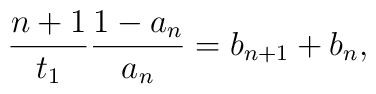
\frac{n+1}{t_{1}}\frac{1-a_{n}}{a_{n}}=b_{n+1}+b_{n},